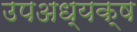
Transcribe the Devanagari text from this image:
उपअध्यक्ष